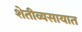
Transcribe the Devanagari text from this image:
शेतीव्यसायात